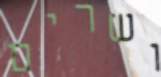
ושרים